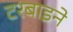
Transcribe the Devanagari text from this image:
टरबाइने